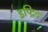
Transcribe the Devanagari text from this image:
इप्ट्रिड